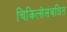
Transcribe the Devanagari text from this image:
चिकित्सेसंबधित